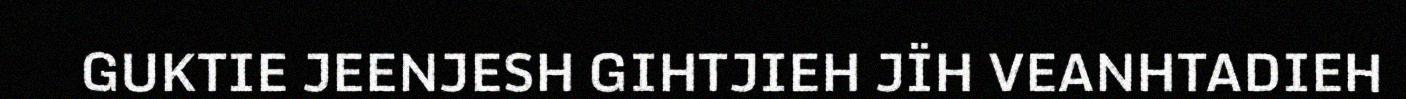
GUKTIE JEENJESH GIHTJIEH JÏH VEANHTADIEH